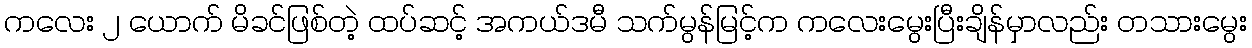
ကလေး ၂ ယောက် မိခင်ဖြစ်တဲ့ ထပ်ဆင့် အကယ်ဒမီ သက်မွန်မြင့်က ကလေးမွေးပြီးချိန်မှာလည်း တသားမွေး